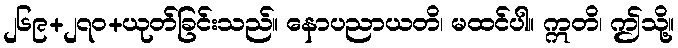
၂၆၉+၂၇၀+ယုတ်ခြင်းသည်။ နောပညာယတိ၊ မထင်ပါ။ ဣတိ၊ ဤသို့။